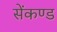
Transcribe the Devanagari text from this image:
सेंकण्ड